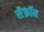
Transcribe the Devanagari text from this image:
सैफ्रॉन